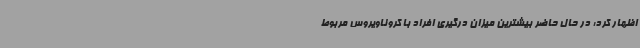
اظهار کرد: در حال حاضر بیشترین میزان درگیری افراد با کروناویروس مربوط